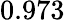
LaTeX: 0.973